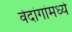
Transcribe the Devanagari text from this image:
वेदांगांमध्ये